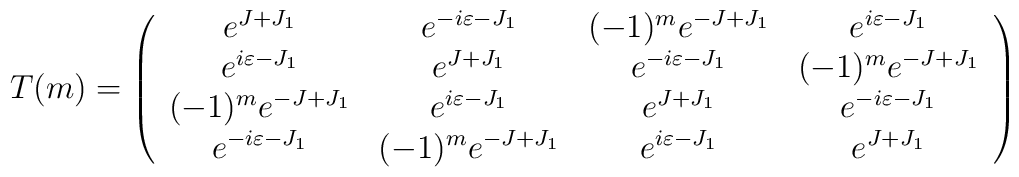
T(m)  = \left(\begin{array}{cccc}e^{J+J_1}        &   e^{-i\varepsilon - J_1}    &(-1)^m e^{-J+J_1}       &   e^{i\varepsilon - J_1}     \\e^{i\varepsilon - J_1}  &    e^{J+J_1}           &e^{-i\varepsilon - J_1} &   (-1)^m e^{-J+J_1}          \\(-1)^m e^{-J+J_1}       &   e^{i\varepsilon - J_1}     & e^{J+J_1}        &   e^{-i\varepsilon - J_1}    \\e^{-i\varepsilon - J_1} &   (-1)^m e^{-J+J_1}          &e^{i\varepsilon - J_1}  &    e^{J+J_1}\end{array}\right)